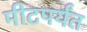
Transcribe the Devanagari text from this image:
मीटपर्यंत